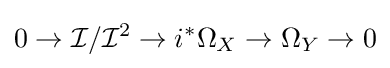
0\to {\mathcal {I}}/{\mathcal {I}}^{2}\to i^{*}\Omega _{X}\to \Omega _{Y}\to 0